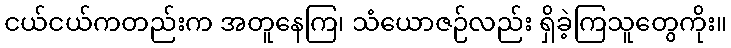
ငယ်ငယ်ကတည်းက အတူနေကြ၊ သံယောဇဉ်လည်း ရှိခဲ့ကြသူတွေကိုး။